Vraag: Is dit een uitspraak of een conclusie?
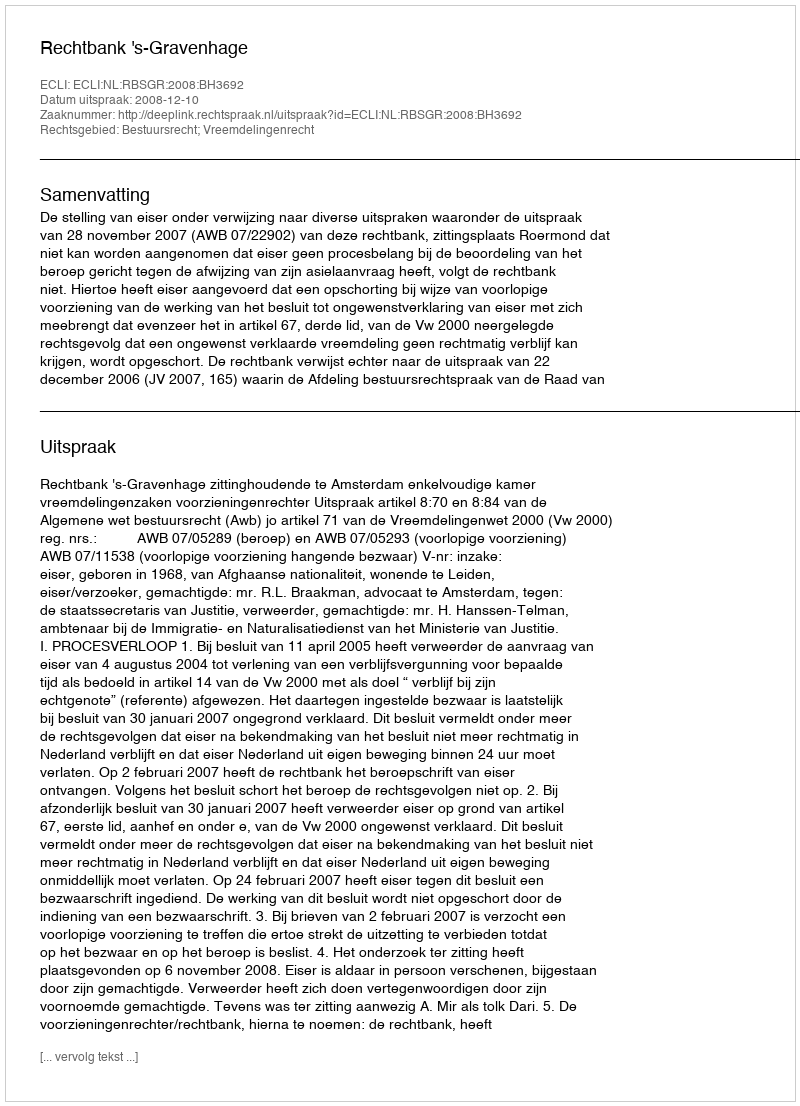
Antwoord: Uitspraak